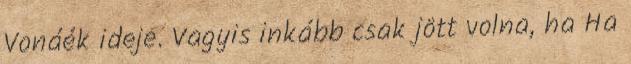
Vonáék ideje. Vagyis inkább csak jött volna, ha Ha